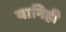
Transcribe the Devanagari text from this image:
यानिही